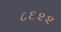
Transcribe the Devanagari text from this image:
८६२२